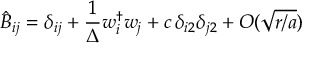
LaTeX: \hat { B } _ { i j } = \delta _ { i j } + { \frac { 1 } { \Delta } } w _ { i } ^ { \dagger } w _ { j } + c \, \delta _ { i 2 } \delta _ { j 2 } + O ( \sqrt { r / a } )